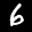
Label: 6